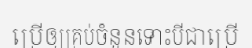
ប្រើឲ្យគ្រប់ចំនួនទោះបីជាប្រើ